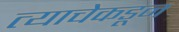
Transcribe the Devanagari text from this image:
त्याचेकडून